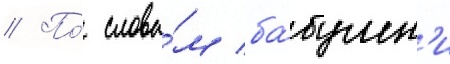
// По́ слова́м ба́бушк'и